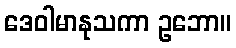
ဒေဝါမာနုသကာ ဥဘော။